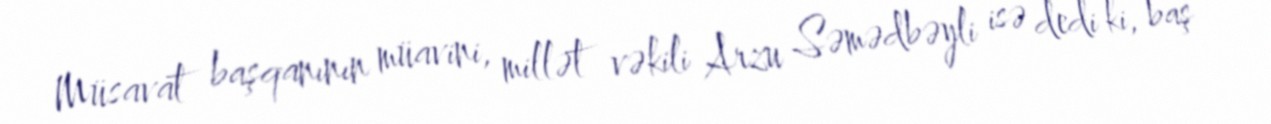
Müsavat başqanının müavini, millət vəkili Arzu Səmədbəyli isə dedi ki, baş